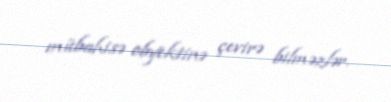
mübahisə obyektinə çevirə bilməzlər.